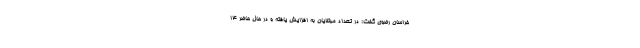
خراسان رضوی گفت: در تعداد مبتلایان به افزایش یافته و در حال حاضر ۱۴